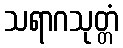
သရာဂသုတ္တံ